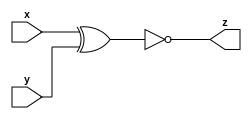
// This program was cloned from: https://github.com/viduraakalanka/HDL-Bits-Solutions
// License: The Unlicense

module top_module ( input x, input y, output z );
    assign z= ~(x^y);
endmodule